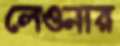
লেওনার